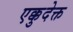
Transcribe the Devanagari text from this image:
एक्कुदेक्त